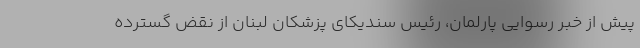
پیش از خبر رسوایی پارلمان، رئیس سندیکای پزشکان لبنان از نقض گسترده